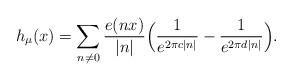
LaTeX: \begin{align*}h_{\mu}(x) = \sum_{n \neq 0} \frac{e(nx)}{|n|} \Big(\frac{1}{e^{2 \pi c |n|}} - \frac{1}{e^{2 \pi d |n|}} \Big).\end{align*}